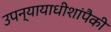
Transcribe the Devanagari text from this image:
उपन्यायाधीशांपैकी